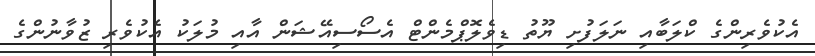
އެކުވެރިންގެ ކްލަބާއި ނަލަފުށި ޔޫތު ޑިވެލޮޕްމެންޓް އެސޯސިއޭޝަން އާއި މުލަކު އެކުވެރި ޒުވާނުންގެ